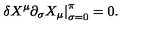
\left. \delta X ^ { \mu } \partial _ { \sigma } X _ { \mu } \right| _ { \sigma = 0 } ^ { \pi } = 0 .